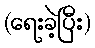
(ရေးခဲ့ပြီး)